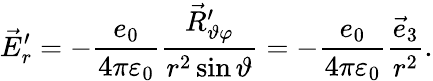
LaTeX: \vec{E}_{r}^{\prime}=-\frac{e_{0}}{4\pi\varepsilon_{0}}\frac{\vec{R}_{\vartheta\varphi}^{\prime}}{r^{2}\sin\vartheta}=-\frac{e_{0}}{4\pi\varepsilon_{0}}\frac{\vec{e}_{3}}{r^{2}}.